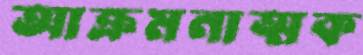
আক্রমনাত্মক